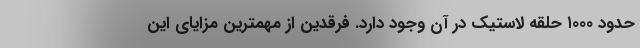
حدود ۱۰۰۰ حلقه لاستیک در آن وجود دارد. فرقدین از مهمترین مزایای این